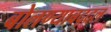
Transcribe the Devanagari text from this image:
बोलण्याबद्दल